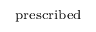
_ \mathrm { p r e s c r i b e d }